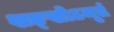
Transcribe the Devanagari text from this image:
शङ्खोऽमृतं